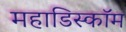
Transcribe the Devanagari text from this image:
महाडिस्कॉम